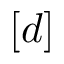
[ d ]